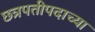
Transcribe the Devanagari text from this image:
छत्रपतीपदाच्या